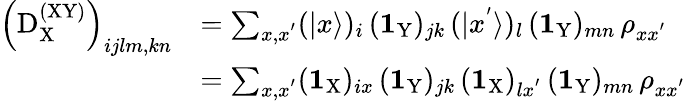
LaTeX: \begin{array}{rl}{\left(\mathrm{D}_{\mathrm X}^{\mathrm{(XY)}}\right)_{ijlm,kn}}&{=\sum_{x,x^{'}}(|x\rangle)_{i}\, (\textbf{1}_{\mathrm{Y}})_{jk}\, (|x^{'}\rangle)_{l}\, (\textbf{1}_{\mathrm{Y}})_{mn}\, \rho_{xx^{'}}}\\ &{=\sum_{x,x^{'}}(\textbf{1}_{\mathrm{X}})_{ix}\, (\textbf{1}_{\mathrm{Y}})_{jk}\, (\textbf{1}_{\mathrm{X}})_{lx^{'}}\, (\textbf{1}_{\mathrm{Y}})_{mn}\, \rho_{xx^{'}}}\end{array}